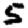
Digit: 5